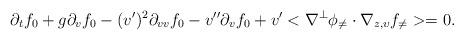
LaTeX: \begin{align*}\partial_tf_{0}+ g\partial_v f_0-(v^\prime)^2 \partial_{vv}f_0 - v^{\prime\prime} \partial_{v}f_{0}+ v^\prime < \nabla^\perp \phi_{\neq}\cdot\nabla _{z,\upsilon }f_{\neq}>=0. \end{align*}